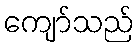
ကျော်သည်